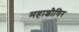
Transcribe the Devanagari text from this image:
महाशौषिर